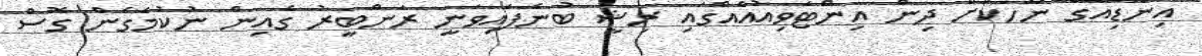
އިންޑިއާގެ ނޫހަކަށް ދިން އިންޓަވިއުއެއްގައި ރިޝީ ބުނެފައިވަނީ ރަންބީރު ގެެއިން ނުކުމެގެން ގޮސް